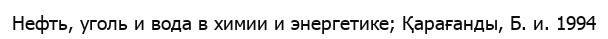
Нефть, уголь и вода в химии и энергетике; Қарағанды, Б. и. 1994